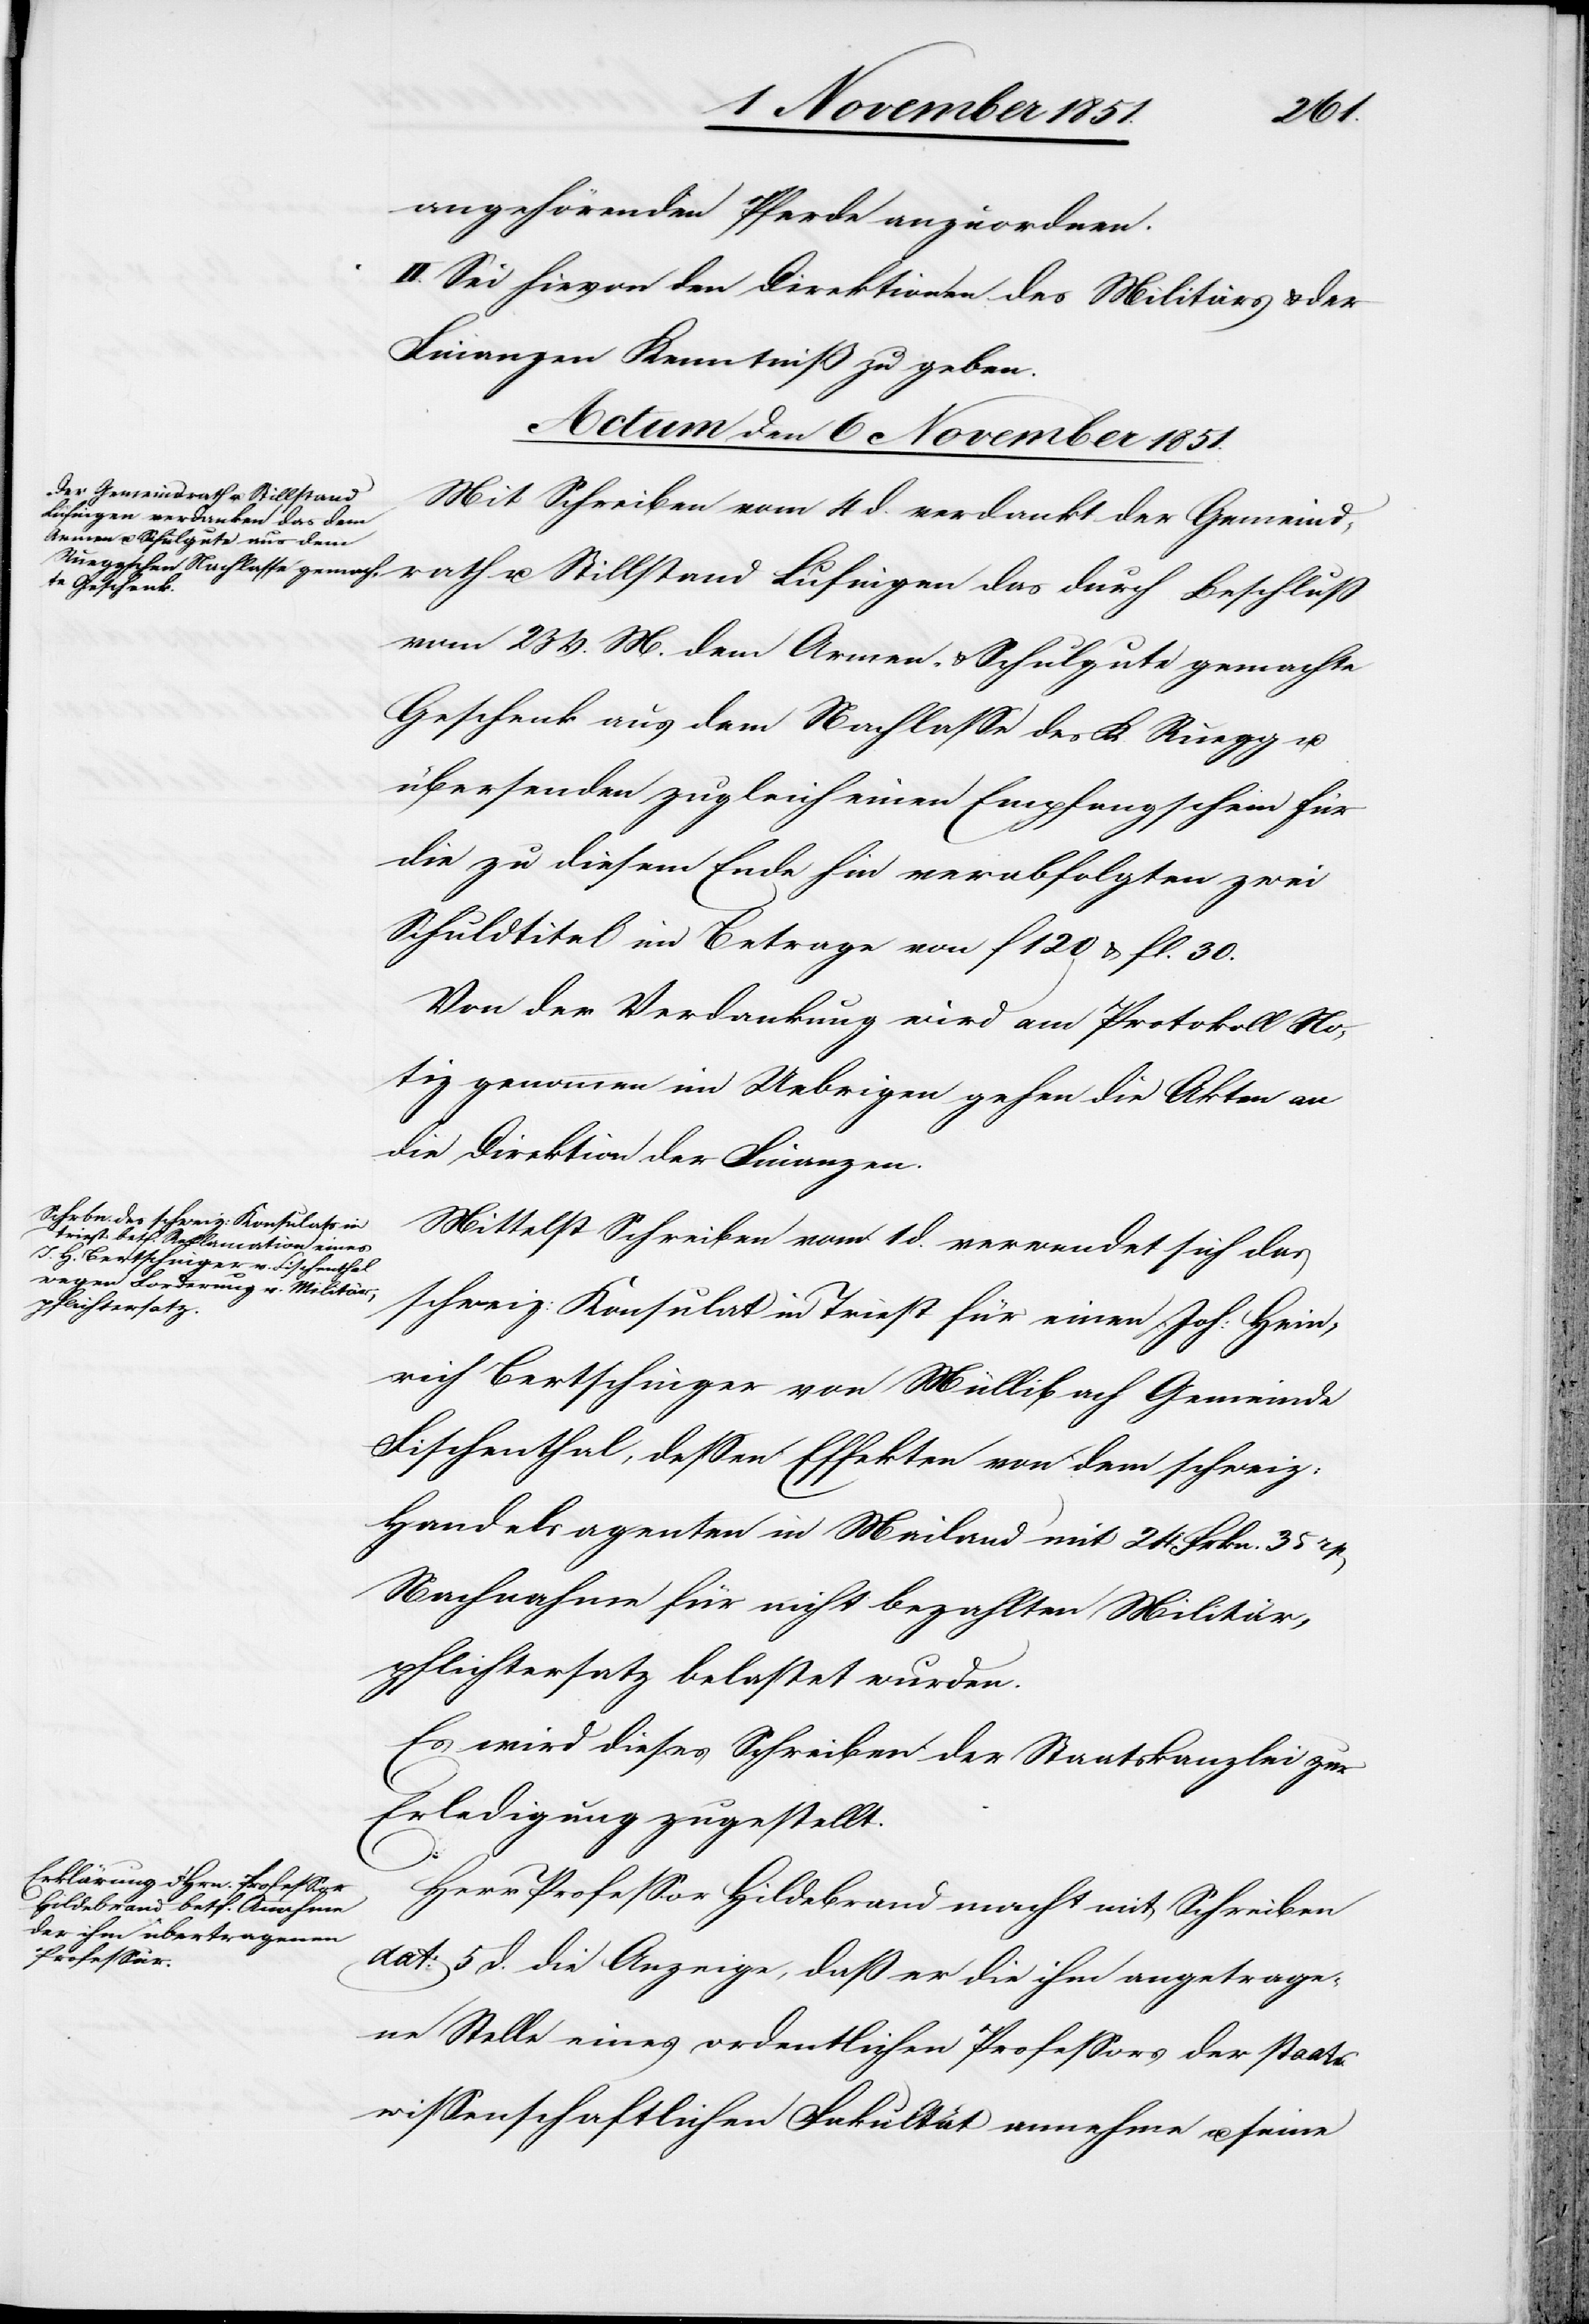
rath
angehörenden Pferde anzuordnen.
II. Sei hievon den Direktionen des Militärs & der
Finanzen Kenntniß zu geben.
Actum den 6 November 1851.]
Mit Schreiben vom 4 d. verdankt der Gemeind¬
Lufingen das
vom 23 v. M. dem Armen- & Schulgute gemachte
Geschenk aus dem Nachlasse des K. Ruegg u.
übersenden zugleich einen Empfangschein für
die zu diesem Ende hin verabfolgten zwei
Schuldtitel im Betrage von f 120 & fl. 30.
Von der Verdankung wird am Protokoll No¬
tiz genommen im Uebrigen gehen die Akten an
die Direktion der Finanzen.
Mittelst Schreiben vom 1 d. verwendet sich das
schweiz: Konsulat in Triest für einen Joh: Hein¬
rich Bertschinger von Müllibach Gemeinde
Fischenthal, dessen Effekten von dem schweiz:
Handelsagenten in Mailand mit 24 Frkn. 35 rp[en]
Nachnahme für nicht bezahlten Militär¬
pflichtersatz belastet wurden.
Es wird dieses Schreiben der Staatskanzlei zur
Erledigung zugestellt.
Herr Professor Hildebrand macht mit Schreiben
dat: 5 d. die Anzeige, daß er die ihm angetrage¬
ne Stelle eines ordentlichen Professors der staats¬
wissenschaftlichen Fakultät annehme u. seine